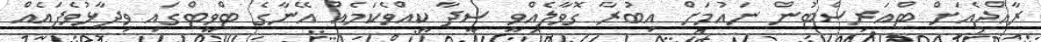
ރާއްޖެއަށް ޓްއަރިސްޓުން ނައުމަށް އިބުރާ ގޮވާލެއްވީ ސީދާ ކީއްވެކަމެއް އޭނާގެ ޓްވީޓްގައި ވިދާޅުވެފައެއް